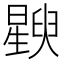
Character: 𬁚